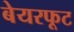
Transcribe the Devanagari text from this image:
बेयरफूट